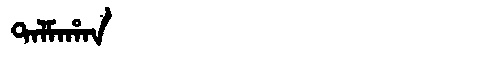
Manchu: ᡨᠠᠯᠮᠠᡥᠠᠨ
Romanization: TALMAHAN